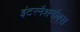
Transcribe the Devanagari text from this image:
इंटरनैशनौक्स